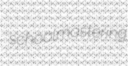
schoolmastering